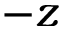
- z